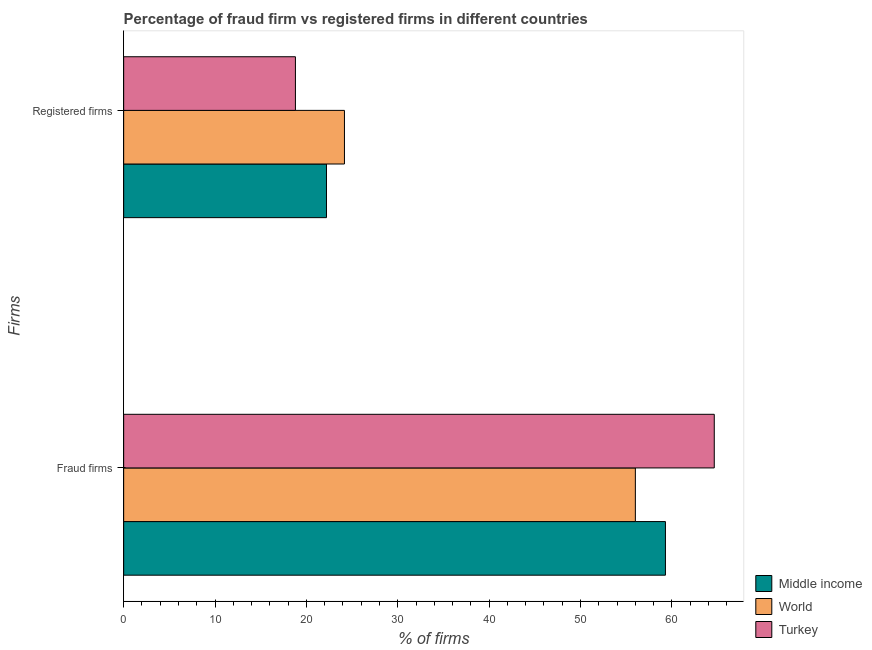
| Firms | Middle income | World | Turkey |
 | --- | --- | --- | --- |
 | Fraud firms | 59.3 | 56 | 64.6 |
 | Registered firms | 22.2 | 24.2 | 18.8 |